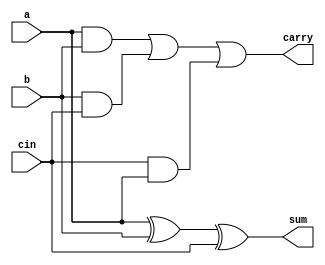
`timescale 1ns / 1ps
//////////////////////////////////////////////////////////////////////////////////
// Company: 
// Engineer: 
// 
// Design Name: 
// Module Name:    full_adder 
// Project Name: 
// Target Devices: 
// Tool versions: 
// Description: 
//
// Dependencies: 
//
// Revision: 
// Revision 0.01 - File Created
// Additional Comments: 
//
//////////////////////////////////////////////////////////////////////////////////
module full_adder(a, b, cin, sum, carry);
input a, b, cin;
output sum, carry;
wire sum, carry;

assign sum = a^b^cin;
assign carry = ((a&b)|(b&cin)|(cin&a));

endmodule